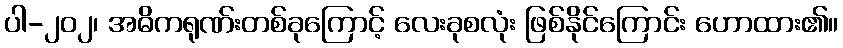
ပါ-၂၀၂၊ အဓိကရုဏ်းတစ်ခုကြောင့် လေးခုစလုံး ဖြစ်နိုင်ကြောင်း ဟောထား၏။